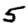
Digit: 5